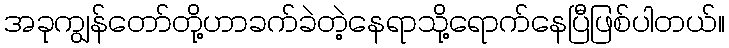
အခုကျွန်တော်တို့ဟာခက်ခဲတဲ့နေရာသို့ရောက်နေပြီဖြစ်ပါတယ်။